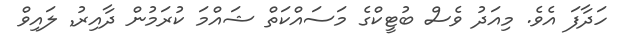
ހަދާފަ އެވެ. މިއަދު ވެސް ބުޓީކްގެ މަސައްކަތް ޝައްމަ ކުރަމުން ދާއިރު